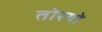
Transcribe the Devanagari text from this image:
तोरयो